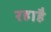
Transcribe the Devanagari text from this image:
रहाहै